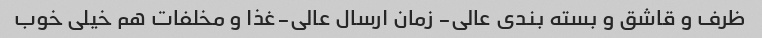
ظرف و قاشق و بسته بندی عالی- زمان ارسال عالی-غذا و مخلفات هم خیلی خوب